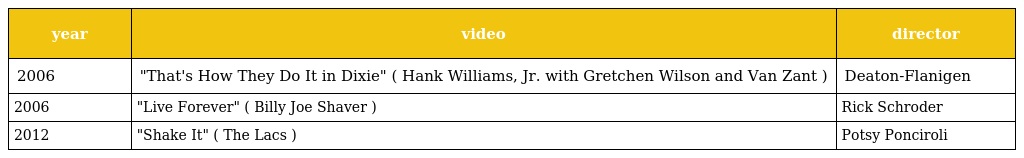
| year | video | director |
 | --- | --- | --- |
 | 2006 | "That's How They Do It in Dixie" ( Hank Williams, Jr. with Gretchen Wilson and Van Zant ) | Deaton-Flanigen |
 | 2006 | "Live Forever" ( Billy Joe Shaver ) | Rick Schroder |
 | 2012 | "Shake It" ( The Lacs ) | Potsy Ponciroli |